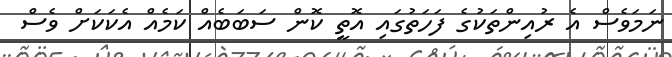
ނަމަވެސް އެ ރުއިންތަކުގެ ފަހަތުގައި އޮތީ ކޮން ސަބަބެއް ކަމެއް އެކަކަށް ވެސް